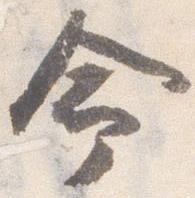
命